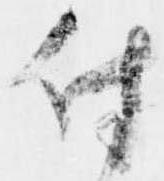
付